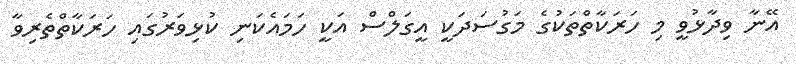
އޭނާ ވިދާޅުވީ މި ހަރަކާތްތަކުގެ މަގުސަދަކީ އީގަލްސް އަކީ ހަމައެކަނި ކުޅިވަރުގައި ހަރަކާތްތެރިވާ